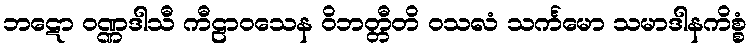
ဘဋော ဝဏ္ဏဒါသီ ကီဠာဝသေန ဝိဘတ္တီတိ ဝသလံ သင်္ကမော သမာဒါနကိစ္စံ